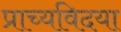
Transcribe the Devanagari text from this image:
प्राच्यविदया